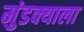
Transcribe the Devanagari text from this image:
मुंडक्याला